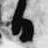
日